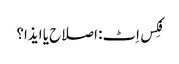
فِکس اِٹ: اصلاح یا ایذا؟